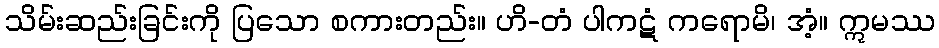
သိမ်းဆည်းခြင်းကို ပြသော စကားတည်း။ ဟိ-တံ ပါကဋံ ကရောမိ၊ အံ့။ ဣမဿ